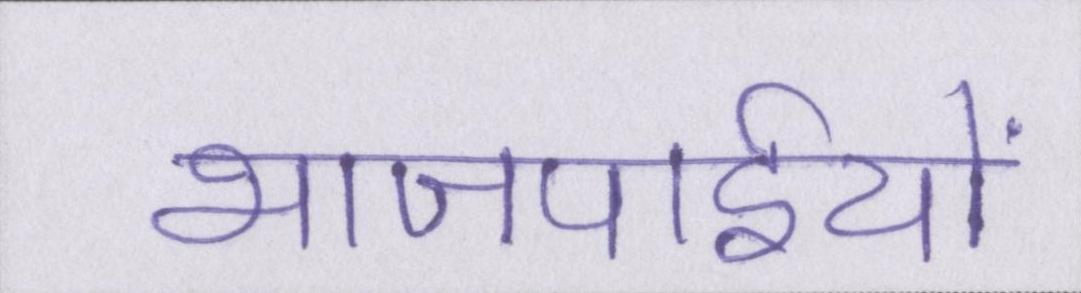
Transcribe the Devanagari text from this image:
भाजपाईयों